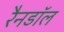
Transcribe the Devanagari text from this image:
रैनडॉल